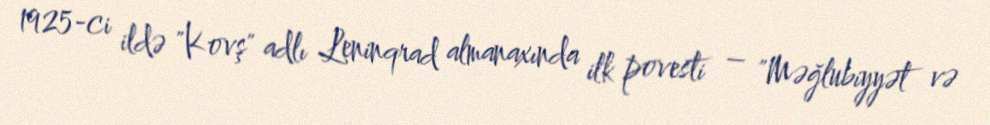
1925-ci ildə "Kovş" adlı Leninqrad almanaxında ilk povesti – "Məğlubiyyət və